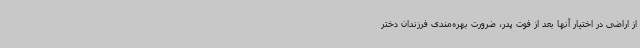
از اراضی در اختیار آنها بعد از فوت پدر، ضرورت بهره‌مندی فرزندان دختر